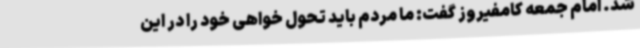
شد. امام جمعه کامفیروز گفت: ما مردم باید تحول خواهی خود را در این